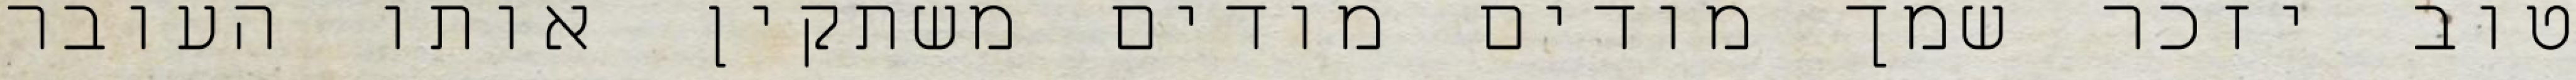
טוב יזכר שמך מודים מודים משתקין אותו העובר